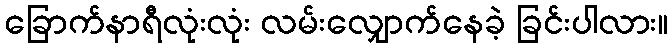
ခြောက်နာရီလုံးလုံး လမ်းလျှောက်နေခဲ့ ခြင်းပါလား။